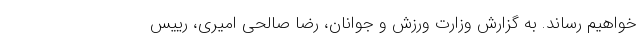
خواهیم رساند. به گزارش وزارت ورزش و جوانان، رضا صالحی امیری، رییس